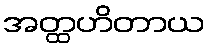
အတ္ထဟိတာယ